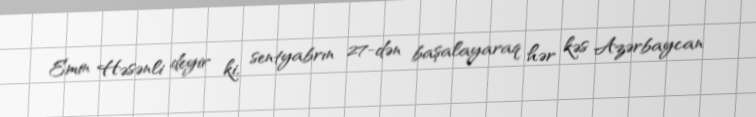
Emin Həsənli deyir ki, sentyabrın 27-dən başalayaraq hər kəs Azərbaycan